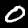
Digit: 0